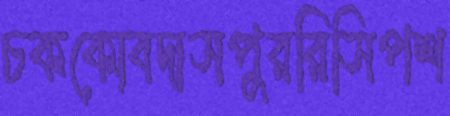
চককোবদাসপুররিসিপশ